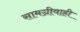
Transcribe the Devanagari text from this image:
सामग्रीवाही